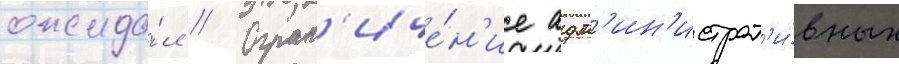
ожида́л // Огран'иче́н'ие адм'ин'истрат'и́вных